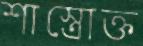
শাস্ত্রোক্ত